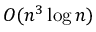
O ( n ^ { 3 } \log { n } )